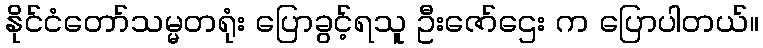
နိုင်ငံတော်သမ္မတရုံး ပြောခွင့်ရသူ ဦးဇော်ဌေး က ပြောပါတယ်။